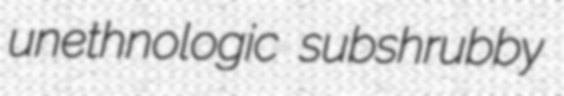
unethnologic subshrubby